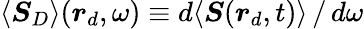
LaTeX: \langle\boldsymbol{S}_{D}\rangle(\boldsymbol{r}_{d},\omega)\equiv d\langle\boldsymbol{S}(\boldsymbol{r}_{d},t)\rangle\, /\, d\omega